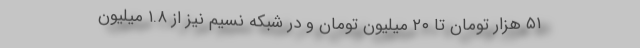
۵۱ هزار تومان تا ۲۰ میلیون تومان و در شبکه نسیم نیز از ۱.۸ میلیون